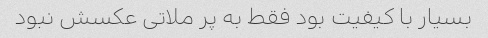
بسیار با کیفیت بود فقط به پر ملاتی عکسش نبود